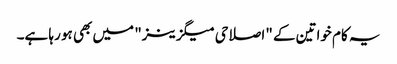
یہ کام خواتین کے "اصلاحی میگزینز" میں بھی ہو رہا ہے۔